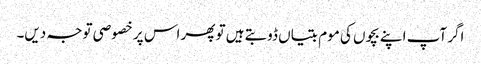
اگر آپ اپنے بچوں کی موم بتیاں ڈوبتے ہیں تو پھر اس پر خصوصی توجہ دیں۔